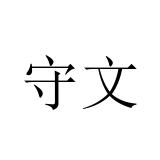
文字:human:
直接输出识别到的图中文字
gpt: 守文